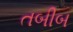
તબીબ